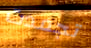
تجمدت